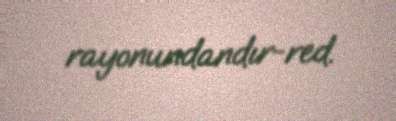
rayonundandır-red.